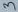
Text: 3